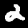
Digit: 2